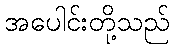
အပေါင်းတို့သည်